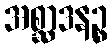
အစ္ဆာဒနဉ္စ